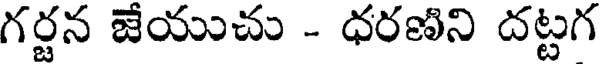
గర్జన జేయుచు - ధరణిని దట్టగ